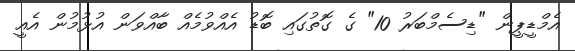
އެމްޑީޕީން "ޑިސެމްބަރު 10" ގެ ގޮތުގައި ބޮޑު އެއްވުމެއް ބާއްވަން އުޅުމުން އެއީ